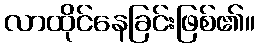
လာထိုင်နေခြင်းဖြစ်၏။